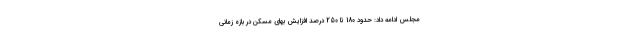
مجلس ادامه داد: حدود 180 تا 250 درصد افزایش بهای مسکن در بازه زمانی